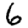
Digit: 6